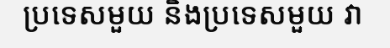
ប្រទេសមួយ និងប្រទេសមួយ វា